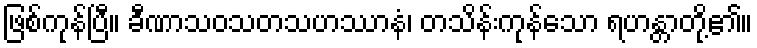
ဖြစ်ကုန်ပြီ။ ခီဏာသဝသတသဟဿာနံ၊ တသိန်းကုန်သော ရဟန္တာတို့၏။